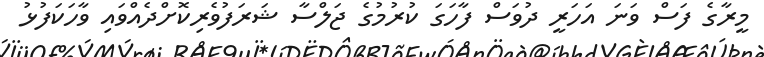
މީރާގެ ފަސް ވަނަ އަހަރީ ދުވަސް ފާހަގަ ކުރުމުގެ ޖަލްސާ ޝަރަފުވެރިކޮށްދެއްވައި ވާހަކަފުޅު